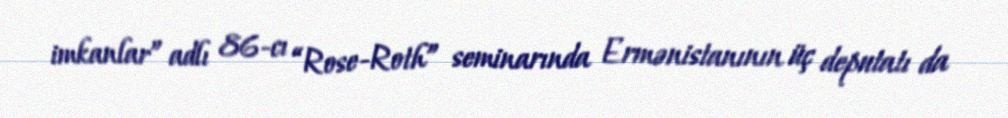
imkanlar” adlı 86-cı “Rose-Roth” seminarında Ermənistanının üç deputatı da